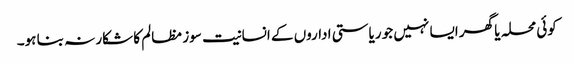
کوئی محلہ یا گھر ایسا نہیں جو ریاستی اداروں کے انسانیت سوز مظالم کا شکار نہ بنا ہو۔